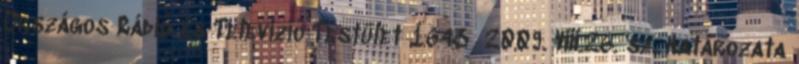
Országos Rádió és Televízió Testület 1643 2009. VIII.26. sz. Határozata